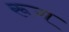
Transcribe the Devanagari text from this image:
रूग